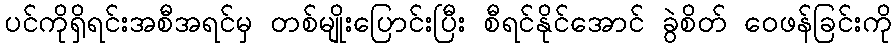
ပင်ကိုရှိရင်းအစီအရင်မှ တစ်မျိုးပြောင်းပြီး စီရင်နိုင်အောင် ခွဲစိတ် ဝေဖန်ခြင်းကို